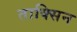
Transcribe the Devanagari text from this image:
ताक्सिन